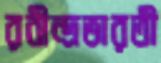
রবীন্দ্রভারতী